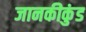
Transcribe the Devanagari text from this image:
जानकीकुंड